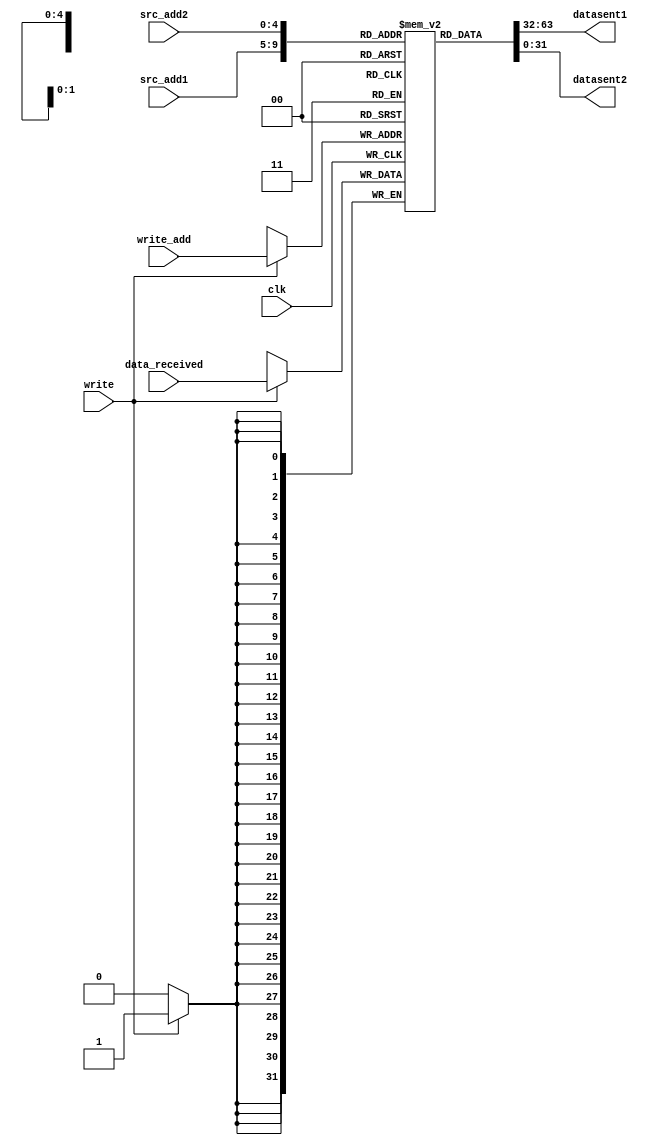
`timescale 1ns / 1ns
module Register_file(input signed [31:0]  data_received,input clk,write,input[4:0] src_add1,src_add2,write_add,output  reg signed [31:0] datasent1,datasent2   );
reg [31:0] ram[2**5-1:0];
initial  begin
    ram[0]=0;
end
always@(negedge clk)
begin
if(write)
ram [write_add] = data_received;
end
always@(src_add1,src_add2)
begin
datasent1=ram[src_add1];
datasent2=ram[src_add2];
end

endmodule